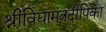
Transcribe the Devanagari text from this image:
श्रीविद्यामंत्रदीपिका